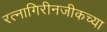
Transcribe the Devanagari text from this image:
रत्नागिरीनजीकच्या